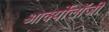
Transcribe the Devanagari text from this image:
आर्क्योलॉजी